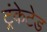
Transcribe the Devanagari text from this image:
ट्रंकेटेड